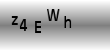
Text: z4EWh